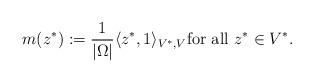
LaTeX: \begin{align*} m(z^*):=\frac{1}{|\Omega |}\langle z^*, 1 \rangle _{V^*,V}\hbox{for~all~} z^* \in V^*.\end{align*}